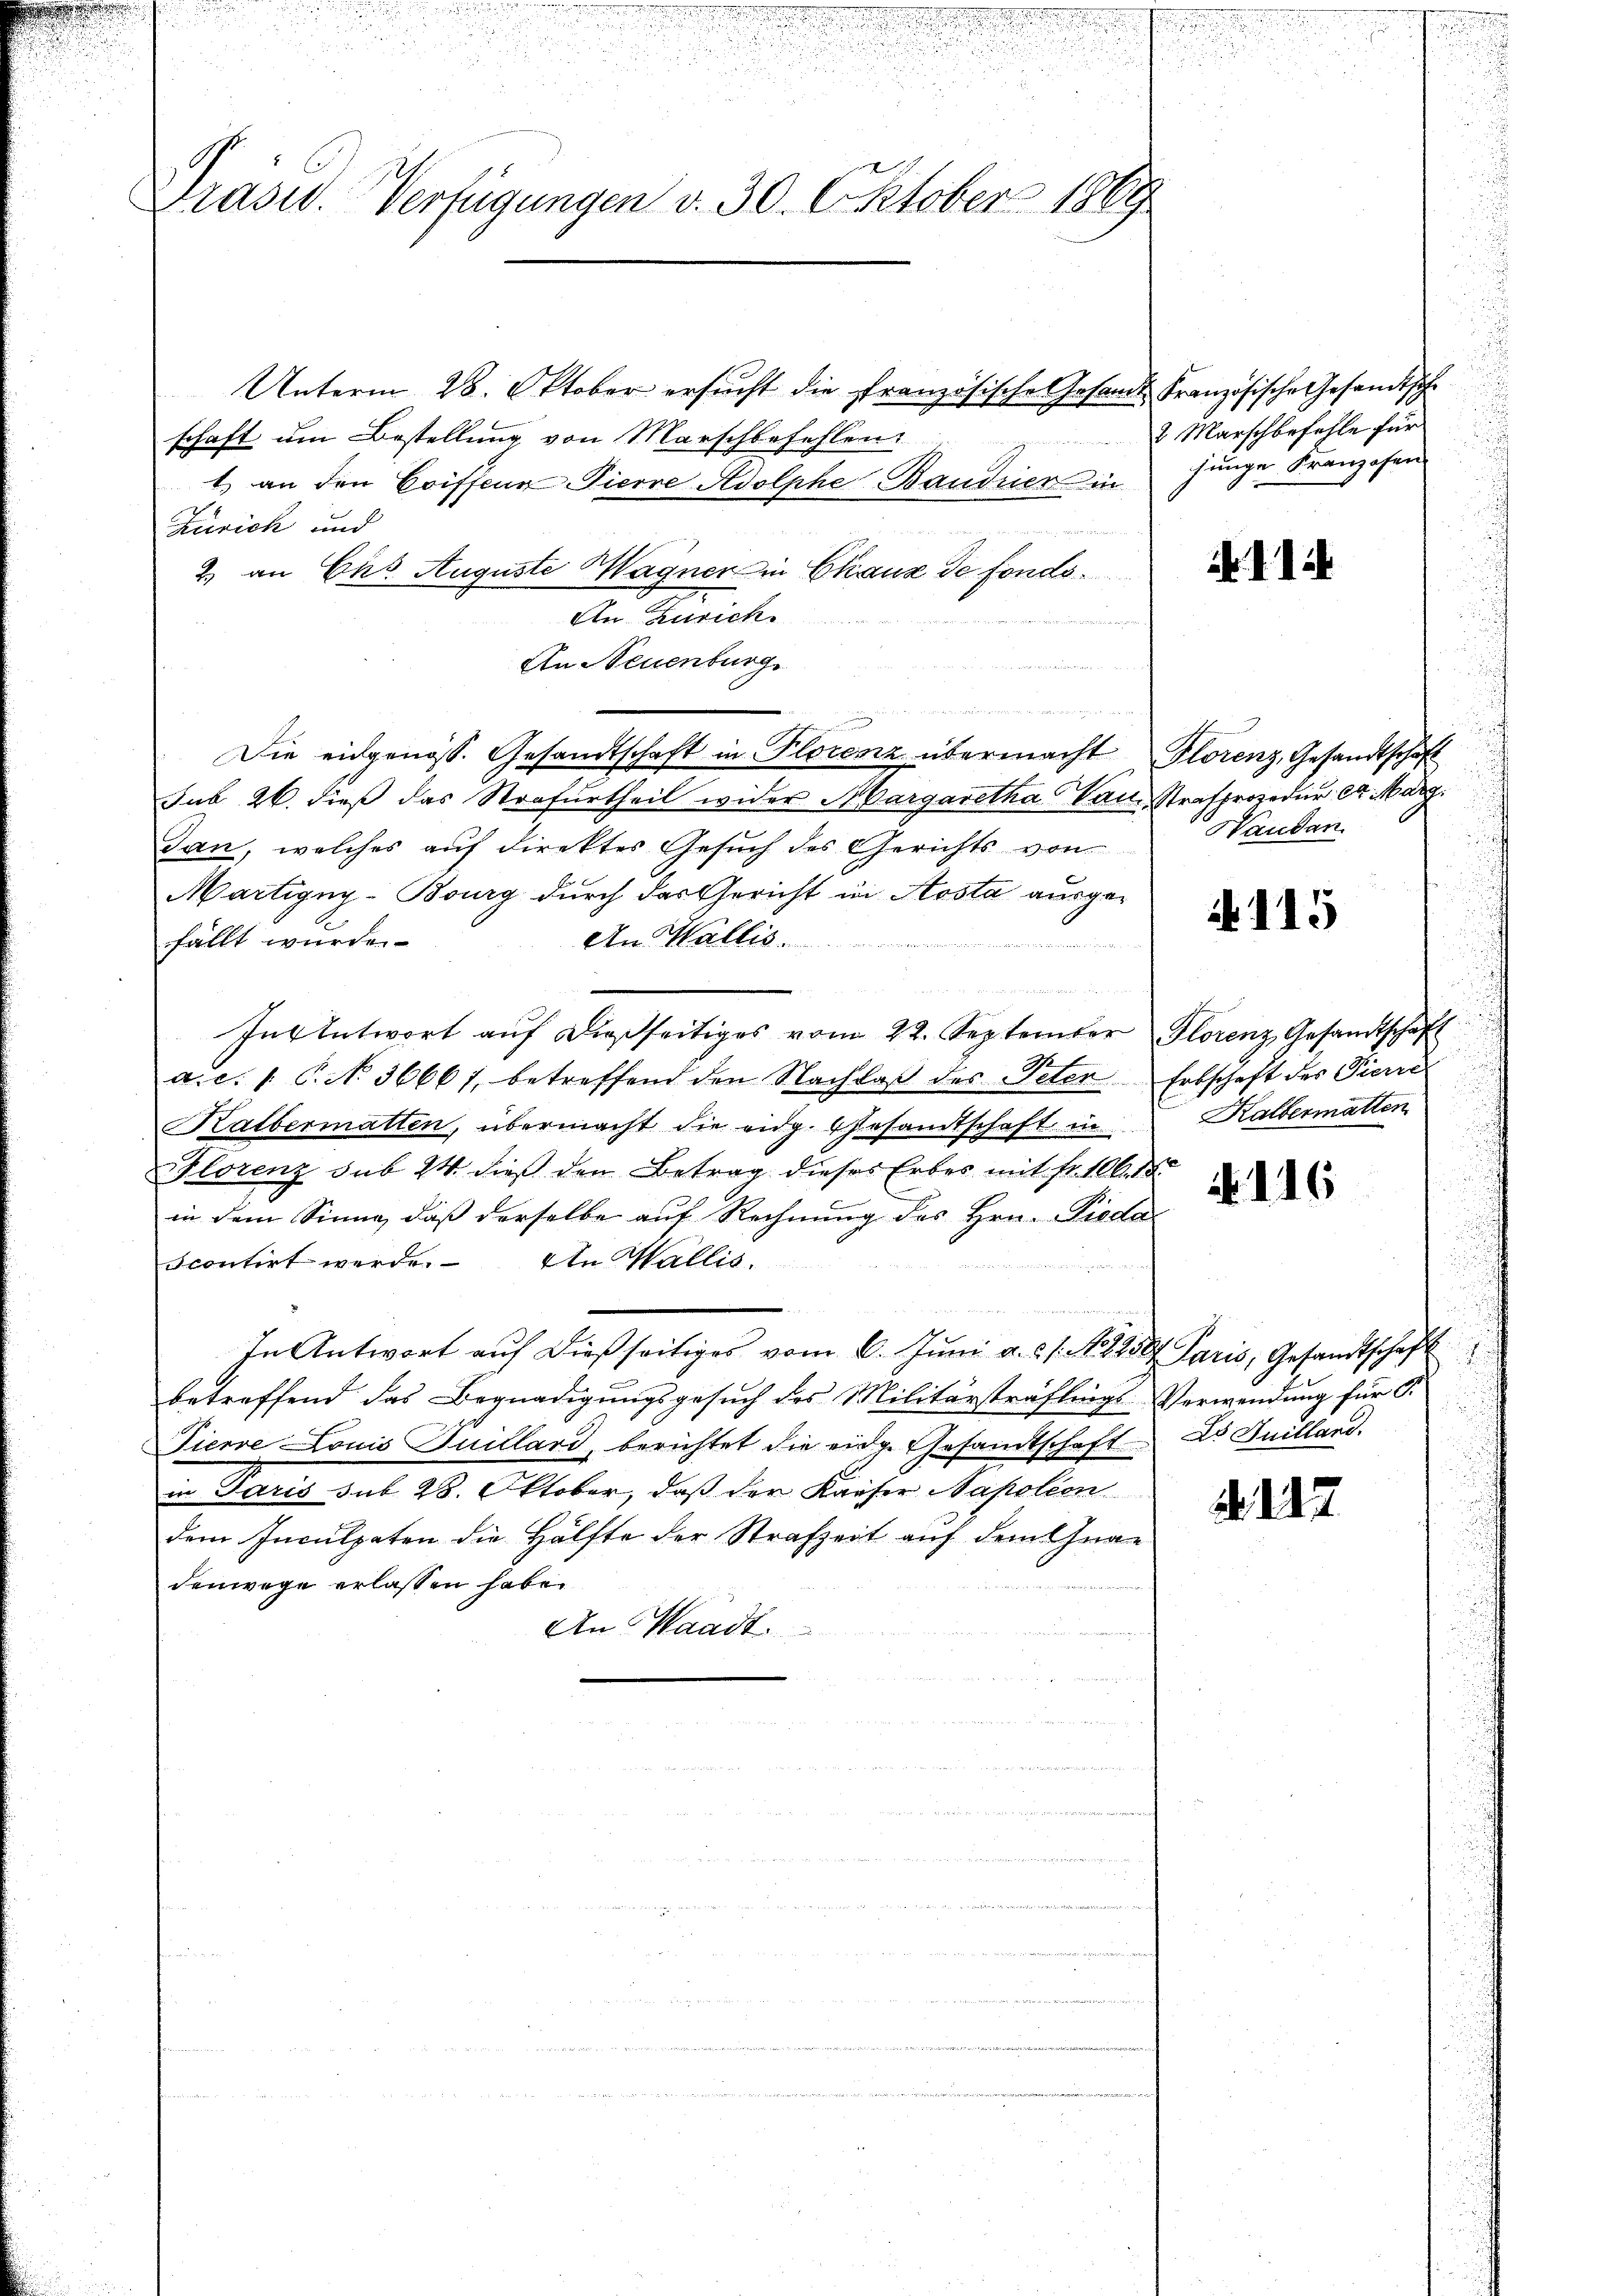
Präsid. Verfügungen v. 30. Oktober 1869

Unterm 28. Oktober ersŭcht die französische Gesandt Französische Gesandtschschaft um Bestellung von Marschbefehlen.
1.) an den Coiffene Pierre Adolphe, Bandner in
Zürich und
2) an Cts. Auguste Wagner in Chaus de fonds¬
An Zürich.
An Neuenburg.
n
Die eidgenöss. Gesandtschaft in Florenz übermacht Plorenz, Gesandtschaft
sub 26. dieß das Strafurtheil wider Margaretha Van-Strafprozedur et Marg
Jan, welches auf direktes Gesuch des Gerichts von
Martigny-Bourg durch der Gericht in Aosta ausge¬
An Wallis
fällt wurde.

Inventwort aŭf dießseitiges vom 22. September Florenz, Gesandtschaft
a.c. s. S. N. 36661, betreffend den Nachlaβ des Peten Erbschaft der Pierre
Katbermatten, übermacht die eidg. Gesandtschaft in
Florenz sub 24. dieß den Betrag dieses Erbes mit Fr. 10 d
in dem Sinne, daß derselbe auf Rechnung des Hrn. Piodascontirt werde. An Wallis.
In Antwort auf dießseitiges vom 6. Juni a.c. s. No. 1850. Paris, Gesandtschaft
betreffend das Begnadigungsgesuch des Militärsträflings-Verwendung für d.
Pierre Louis Juillard berichtet die eidge Gesandtschaft
in Paris sub 28. Oktober, daß der Kaiser Napoleon
dem Inculpaten die Hälfte der Strafzeit auf dem Gnadenwege erlassen habe.
An Waadt.

8 Marschbefehle für
junge Franzosen

. II 2

Haudan

N. 115

Kaltermatten

N. 116

d
Lo Juilland.

. 27